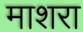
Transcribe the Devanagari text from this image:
माशरा